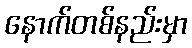
နောက်တစ်နည်းမှာ